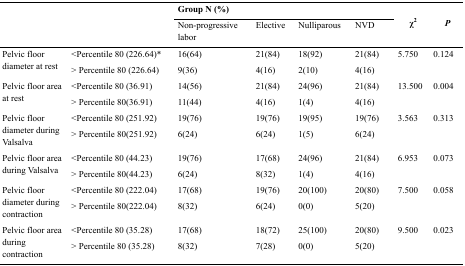
<table><thead><tr><td rowspan="3"></td><td rowspan="3"></td><td colspan="4"><b>Group N (%)</b></td><td rowspan="3"><b>χ<sup>2</sup></b></td><td rowspan="3"><b><i>P</i></b></td></tr><tr><td><b>Non-progressive labor</b></td><td><b>Elective</b></td><td><b>Nulliparous</b></td><td><b>NVD</b></td></tr></thead><tbody><tr><td rowspan="2">Pelvic floor diameter at rest</td><td>&lt;Percentile 80 (226.64)*</td><td>16(64)</td><td>21(84)</td><td>18(92)</td><td>21(84)</td><td rowspan="2">5.750</td><td rowspan="2">0.124</td></tr><tr><td>&gt; Percentile 80 (226.64)</td><td>9(36)</td><td>4(16)</td><td>2(10)</td><td>4(16)</td></tr><tr><td rowspan="2">Pelvic floor area at rest</td><td>&lt;Percentile 80 (36.91)</td><td>14(56)</td><td>21(84)</td><td>24(96)</td><td>21(84)</td><td rowspan="2">13.500</td><td rowspan="2">0.004</td></tr><tr><td>&gt; Percentile 80(36.91)</td><td>11(44)</td><td>4(16)</td><td>1(4)</td><td>4(16)</td></tr><tr><td rowspan="2">Pelvic floor diameter during Valsalva</td><td>&lt;Percentile 80 (251.92)</td><td>19(76)</td><td>19(76)</td><td>19(95)</td><td>19(76)</td><td rowspan="2">3.563</td><td rowspan="2">0.313</td></tr><tr><td>&gt; Percentile 80(251.92)</td><td>6(24)</td><td>6(24)</td><td>1(5)</td><td>6(24)</td></tr><tr><td rowspan="2">Pelvic floor area during Valsalva</td><td>&lt;Percentile 80 (44.23)</td><td>19(76)</td><td>17(68)</td><td>24(96)</td><td>21(84)</td><td rowspan="2">6.953</td><td rowspan="2">0.073</td></tr><tr><td>&gt; Percentile 80(44.23)</td><td>6(24)</td><td>8(32)</td><td>1(4)</td><td>4(16)</td></tr><tr><td rowspan="2">Pelvic floor diameter during contraction</td><td>&lt;Percentile 80 (222.04)</td><td>17(68)</td><td>19(76)</td><td>20(100)</td><td>20(80)</td><td rowspan="2">7.500</td><td rowspan="2">0.058</td></tr><tr><td>&gt; Percentile 80(222.04)</td><td>8(32)</td><td>6(24)</td><td>0(0)</td><td>5(20)</td></tr><tr><td rowspan="2">Pelvic floor area during contraction</td><td>&lt;Percentile 80 (35.28)</td><td>17(68)</td><td>18(72)</td><td>25(100)</td><td>20(80)</td><td rowspan="2">9.500</td><td rowspan="2">0.023</td></tr><tr><td>&gt; Percentile 80 (35.28)</td><td>8(32)</td><td>7(28)</td><td>0(0)</td><td>5(20)</td></tr></tbody></table>